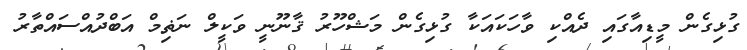
ގުޅިގެން މީޑިއާގައި ދެއްކި ވާހަކައަކާ ގުޅިގެން މަޝްހޫރު ޤާނޫނީ ވަކީލް ނަޡިމް އަބްދުއްސައްތާރު